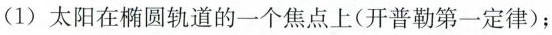
(1)太阳在椭圆轨道的一个焦点上(开普勒第一定律)；